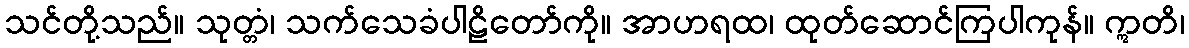
သင်တို့သည်။ သုတ္တံ၊ သက်သေခံပါဠိတော်ကို။ အာဟရထ၊ ထုတ်ဆောင်ကြပါကုန်။ ဣတိ၊